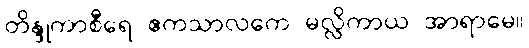
တိန္ဒုကာစီရေ ဧကသာလကေ မလ္လိကာယ အာရာမေ။